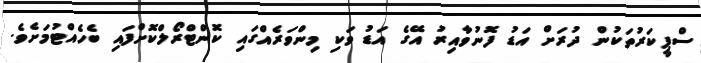
ސްޕީކަރުތަކުން ދުރަށް އަޑު ފޮނުވާއިރު އޭގެ އަޑު ވަކި މިންވަރެއްގައި ކޮންޓްރޯލްކޮށްފައި ބެހެއްޓުމަށެވެ.